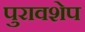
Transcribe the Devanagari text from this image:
पुरावशेप